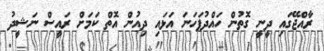
ރާއްޖޭގައި ދީނީ ގޮތުން ހައްދުފަހަނަ އަޅައި ދިއުން އޮތް ކަމަށް ރައީސް ނަޝީދު